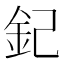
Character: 𨥈